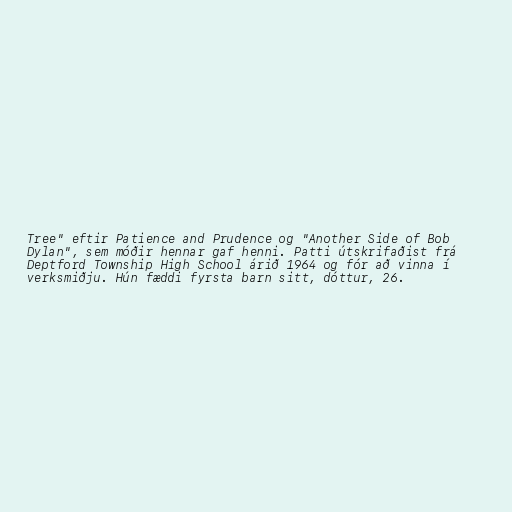
Tree" eftir Patience and Prudence og "Another Side of Bob
Dylan", sem móðir hennar gaf henni. Patti útskrifaðist frá
Deptford Township High School árið 1964 og fór að vinna í
verksmiðju. Hún fæddi fyrsta barn sitt, dóttur, 26.